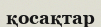
қосақтар